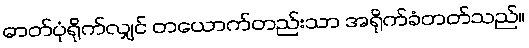
ဓာတ်ပုံရိုက်လျှင် တယောက်တည်းသာ အရိုက်ခံတတ်သည်။